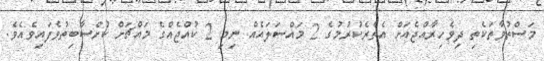
މަސްތުވާތަކެތި ދިވެހިރާއްޖެއަށް އެތެރެކުރުމުގެ 2 މައްސަލައެއް ނިމި 2 ކުއްޖެއްގެ މައްޗަށް ކުށްސާބިތުވެފައިވެއެވެ.